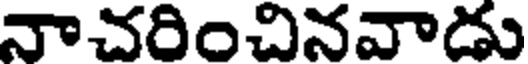
నాచరించినవాడు